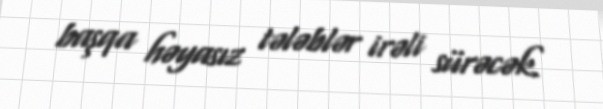
başqa həyasız tələblər irəli sürəcək.